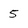
Character: 5